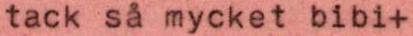
tack så mycket bibi+